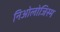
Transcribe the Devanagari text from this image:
निओलोजिस्म